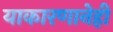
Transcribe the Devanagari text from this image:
याकारणानेही